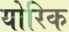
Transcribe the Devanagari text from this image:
योरिक